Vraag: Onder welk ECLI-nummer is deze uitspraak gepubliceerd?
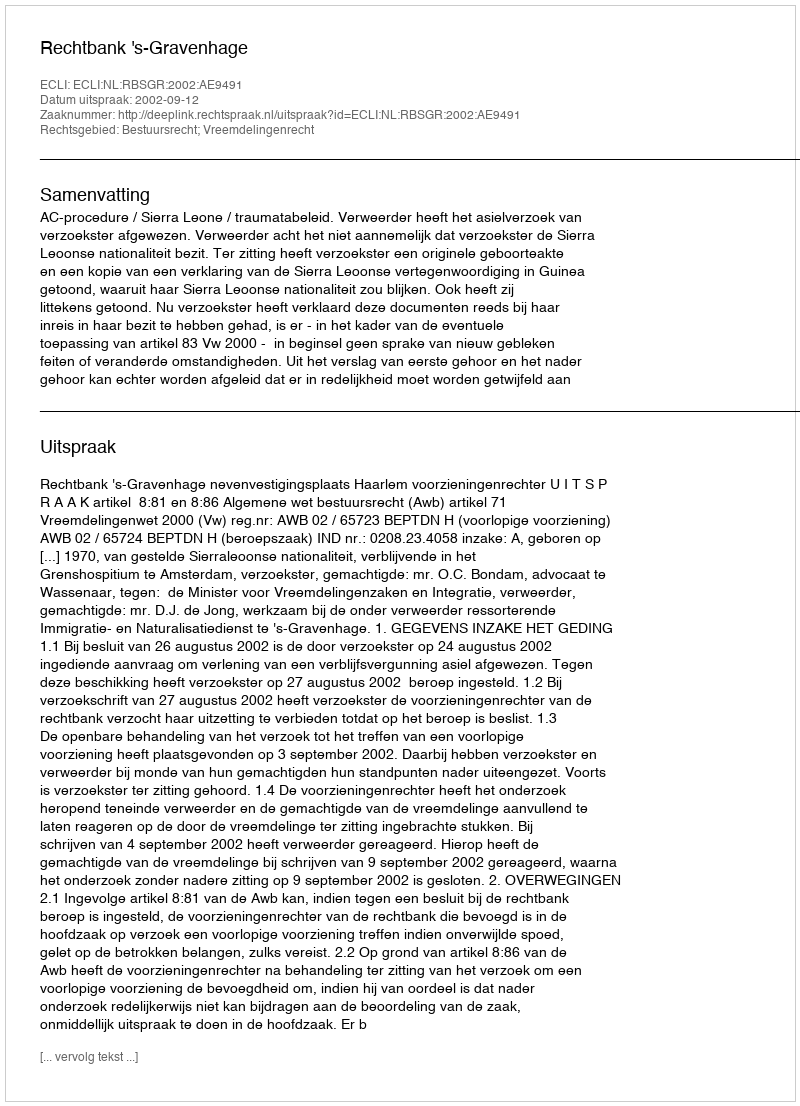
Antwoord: ECLI:NL:RBSGR:2002:AE9491